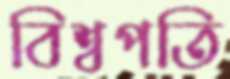
বিশ্বপতি